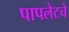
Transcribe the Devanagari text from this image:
पापलेटचे